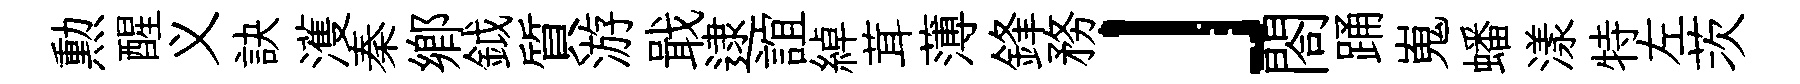
勲醒义訣濩秦鄉鉞質游戢逮誼綽茸薄鋒務」閤踊嵬蟠漾特左茨